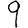
Digit: 9